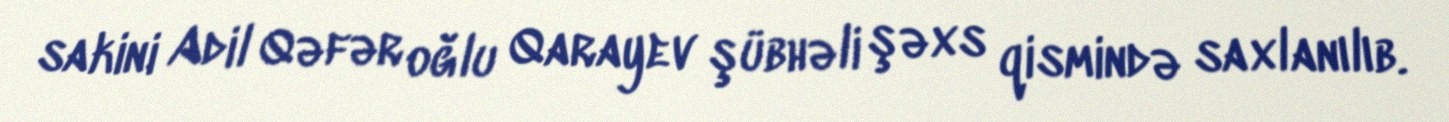
sakini Adil Qəfər oğlu Qarayev şübhəli şəxs qismində saxlanılıb.